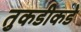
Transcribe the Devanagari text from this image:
तुकडीकडे